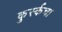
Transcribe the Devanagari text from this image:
कुर्स्कचा